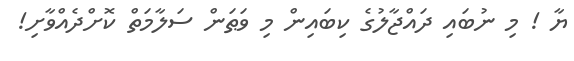
ޔާ ! މި ނުބައި ދައްޖާލުގެ ކިބައިން މި ވަޠަން ސަލާމަތް ކޮށްދެއްވާށި!